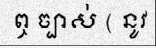
ឮ ច្បាស់ ( នូវ